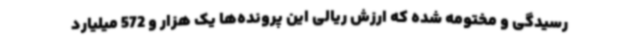
رسیدگی و مختومه شده که ارزش ریالی این پرونده‌ها یک هزار و 572 میلیارد